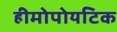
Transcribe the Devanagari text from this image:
हीमोपोयटिक